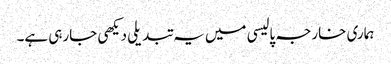
ہماری خارجہ پالیسی میں یہ تبدیلی دیکھی جارہی ہے۔